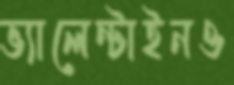
ভ্যালেন্টাইনও